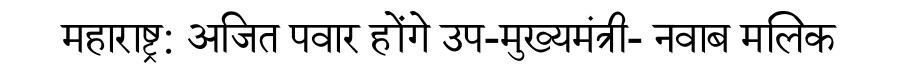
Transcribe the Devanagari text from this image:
महाराष्ट्र: अजित पवार होंगे उप-मुख्यमंत्री- नवाब मलिक